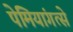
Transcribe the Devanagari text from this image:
पेमियांगत्से